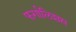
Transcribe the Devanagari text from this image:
फर्गालिशस